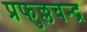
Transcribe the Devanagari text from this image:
प्रफुल्लचन्द्र